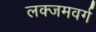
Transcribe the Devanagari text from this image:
लक्जमवर्ग